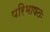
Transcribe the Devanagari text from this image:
परिभाषतः